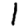
Digit: 1